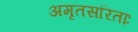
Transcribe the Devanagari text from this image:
अमृतसरिताः